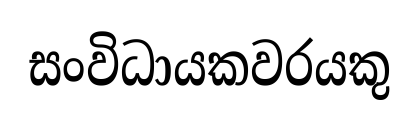
සංවිධායකවරයකු